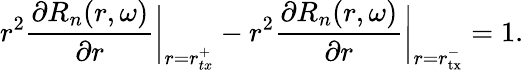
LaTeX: r^{2}\frac{\partial R_{n}(r,\omega)}{\partial r}\bigg|_{r=r_{tx}^{+}}-r^{2}\frac{\partial R_{n}(r,\omega)}{\partial r}\bigg|_{r=r_{\mathrm{tx}}^{-}}=1.